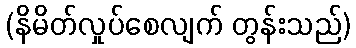
(နိမိတ်လှုပ်စေလျက် တွန်းသည်)